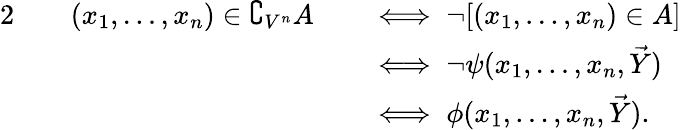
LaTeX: {\begin{array}{rlrl}{{2}\quad}&{(x_{1},\ldots,x_{n})\in\complement_{V^{n}}A}&&{\iff\neg[(x_{1},\ldots,x_{n})\in A]}\\ &{}&&{\iff\neg\psi(x_{1},\ldots,x_{n},{\vec{Y}})}\\ &{}&&{\iff\phi(x_{1},\ldots,x_{n},{\vec{Y}}).}\end{array}}